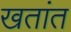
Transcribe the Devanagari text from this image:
खतांत